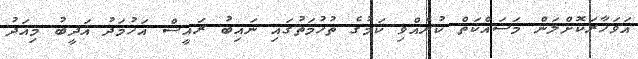
އަވަހާރަކޮށްލަން މަސައްކަތް ކުރެއްވި ކަމުގެ ތުހުމަތުގައި ނައިބު ރައީސް އަހުމަދު އަދީބު މިއަދު